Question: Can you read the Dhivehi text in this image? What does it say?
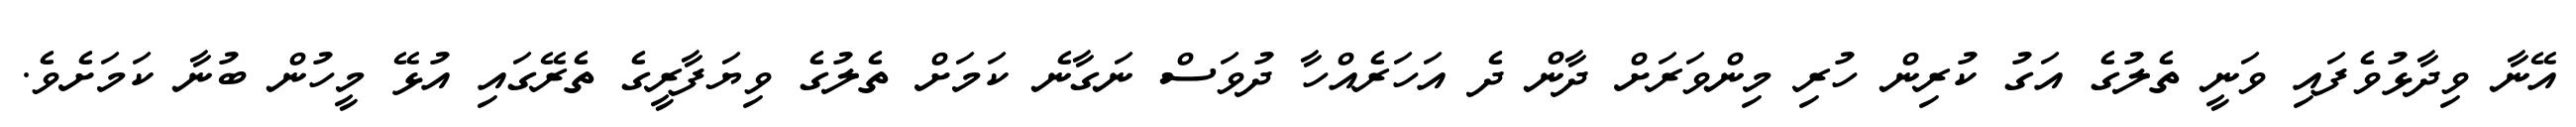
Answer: އޭނާ ވިދާޅުވެފައި ވަނީ ތެލުގެ އަގު ކުރިން ހުރި މިންވަރަށް ދާން ދެ އަހަރެއްހާ ދުވަސް ނަގާނެ ކަމަށް ތެލުގެ ވިޔަފާރީގެ ތެރޭގައި އުޅޭ މީހުން ބުނާ ކަމަށެވެ.